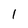
Character: 1